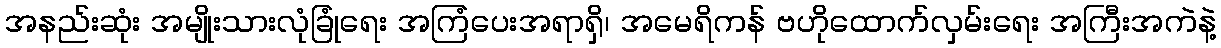
အနည်းဆုံး အမျိုးသားလုံခြုံရေး အကြံပေးအရာရှိ၊ အမေရိကန် ဗဟိုထောက်လှမ်းရေး အကြီးအကဲနဲ့